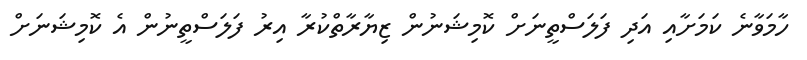
ހާމަވާނެ ކަމަށާއި އަދި ފަލަސްތީނަށް ކޮމިޝަނުން ޒިޔާރާތްކުރާ އިރު ފަލަސްތީނުން އެ ކޮމިޝަނަށް